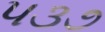
૫૩૭